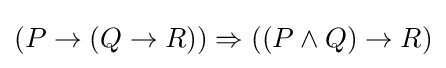
(P\to (Q\to R))\Rightarrow ((P\land Q)\to R)